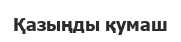
Қазыңды қумаш